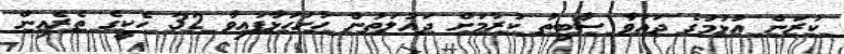
ކުރަން އުޅުމުގެ ދައުވާ ސާބިތު ކުރުމަށް ދައުލަތުން ހުށަހަޅާފައިވާ 32 ހެކީގެ ތެރެއިން